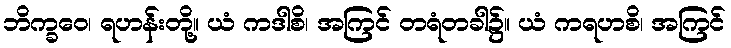
ဘိက္ခဝေ၊ ရဟန်းတို့။ ယံ ကဒါစိ၊ အကြင် တရံတခါ၌။ ယံ ကရဟစိ၊ အကြင်